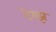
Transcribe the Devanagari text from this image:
टेम्झ